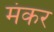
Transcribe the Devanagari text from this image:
मंकर